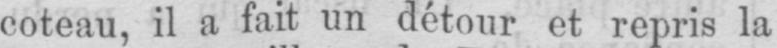
coteau, il a fait un détour et repris la